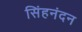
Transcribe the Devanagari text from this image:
सिंहनंदन